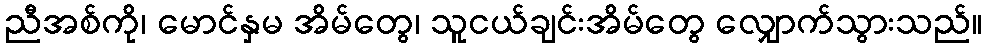
ညီအစ်ကို၊ မောင်နှမ အိမ်တွေ၊ သူငယ်ချင်းအိမ်တွေ လျှောက်သွားသည်။